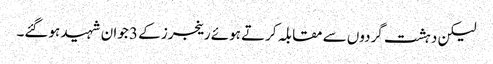
لیکن دہشت گردوں سے مقابلہ کرتے ہوئے رینجرز کے 3 جوان شہید ہوگئے۔